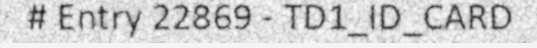
# Entry 22869 - TD1_ID_CARD